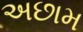
અછામ